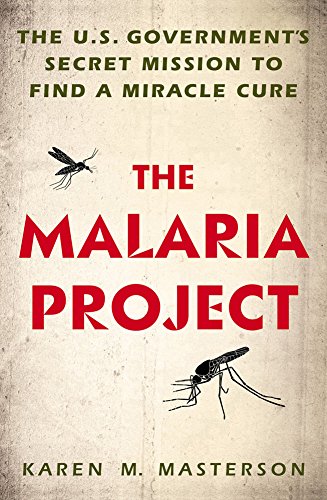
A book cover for The Malaria Project: The U.S. Government's Secret Mission to Find a Miracle Cure; Karen M. Masterson; Science & Math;